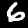
Digit: 6